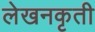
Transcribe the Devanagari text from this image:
लेखनकृती